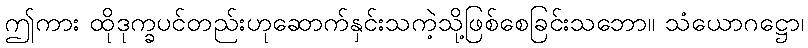
ဤကား ထိုဒုက္ခပင်တည်းဟုဆောက်နှင်းသကဲ့သို့ဖြစ်စေခြင်းသဘော။ သံယောဂဋ္ဌော၊